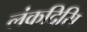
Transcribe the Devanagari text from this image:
लंकदिसि